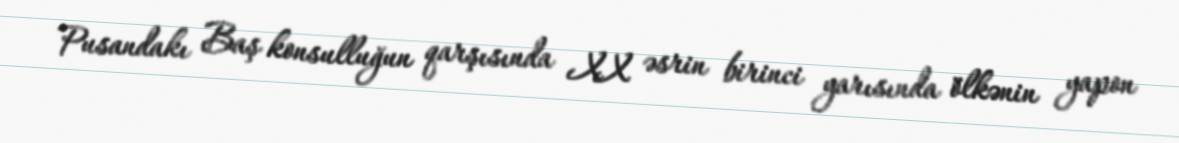
Pusandakı Baş konsulluğun qarşısında XX əsrin birinci yarısında ölkənin yapon